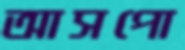
আসপো